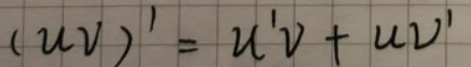
\[(uv)' = u'v + uv'\]